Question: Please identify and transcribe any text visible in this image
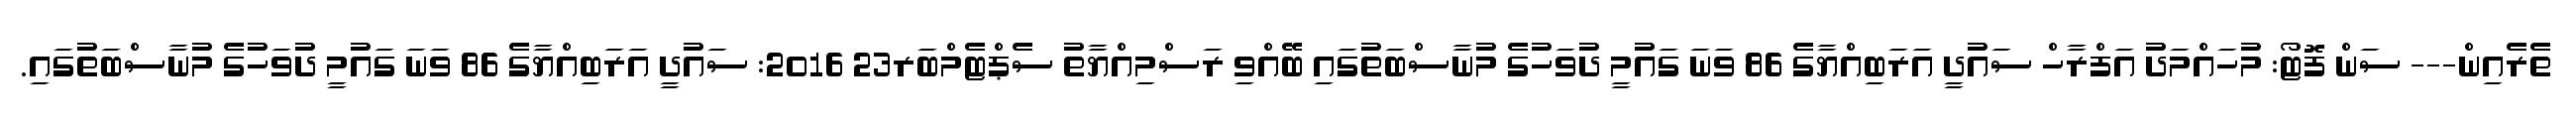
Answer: ތެރެއިން--- ސަން ފޮޓޯ: މުހައްމަދު އަފްރާހް ސައުދީ އަރަބިއްޔާގެ 86 ވަނަ ގައުމީ ދުވަހުގެ މުނާސްބަތުގައި ބޭއްވި ރަސްމިއްޔާތު ސެޕްޓެމްބަރ23 2016: ސައުދީ އަރަބިއްޔާގެ 86 ވަނަ ގައުމީ ދުވަހުގެ މުނާސްބަތުގައި.